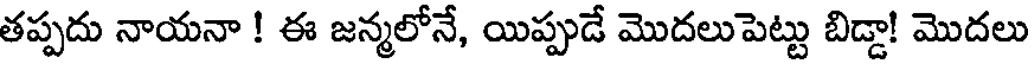
తప్పదు నాయనా ! ఈ జన్మలోనే, యిప్పుడే మొదలుపెట్టు బిడ్డా! మొదలు